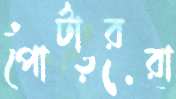
পোর্টাররা